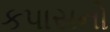
કપાસનો